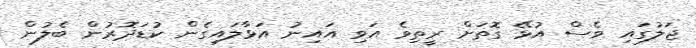
ޖަލުގައި ވެސް އުޅޭ ގޮތަށް ރީތިވެ އަވި އައިނު އަޅާލައިގެން ކުޑަދޮރުން ބެލުން